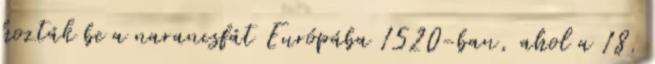
hozták be a narancsfát Európába 1520-ban, ahol a 18.